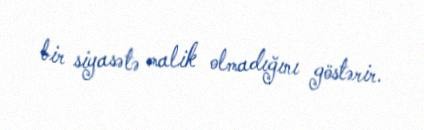
bir siyasətə malik olmadığını göstərir.